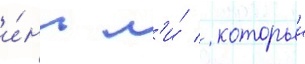
и́нь л'и́ / которыи